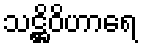
သဋ္ဌိဝိဟာရေ